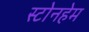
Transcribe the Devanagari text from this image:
स्टोनहेम